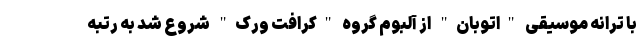
با ترانه موسیقی "اتوبان" از آلبوم گروه "کرافت ورک" شروع شد به رتبه